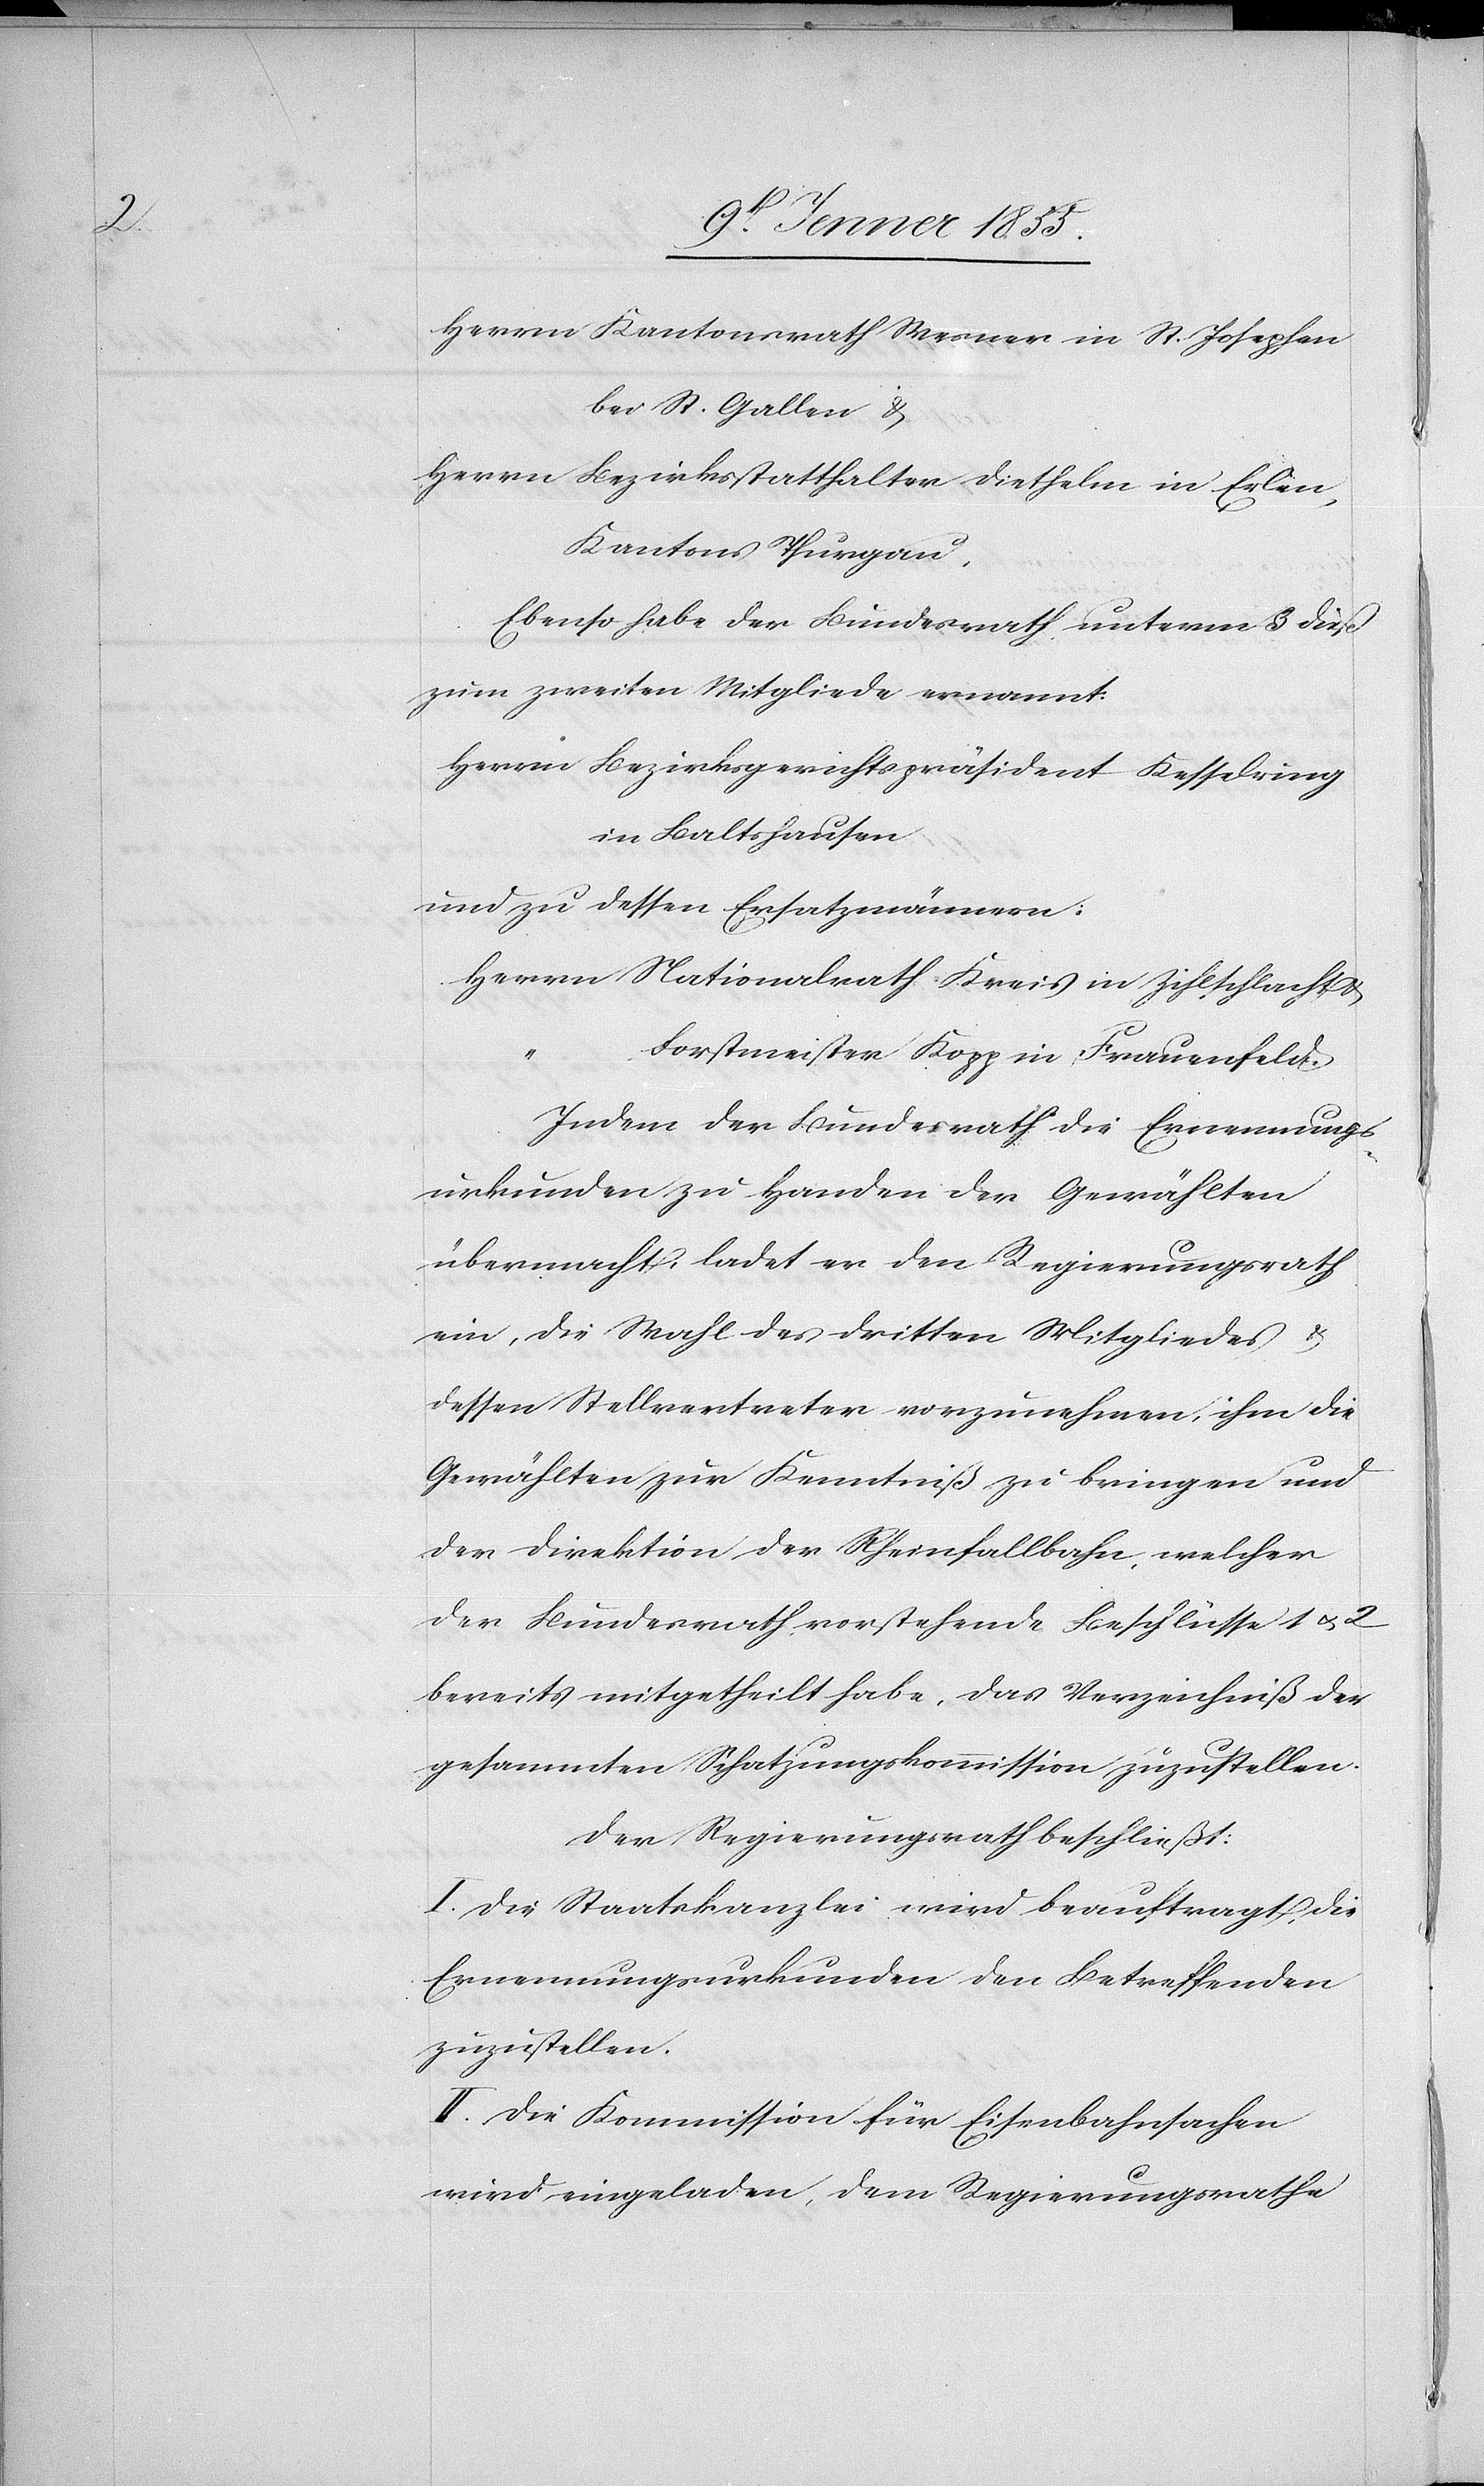
Herrn Kantonsrath Wesner in St. Josephen
bei St. Gallen &
Herrn Bezirksstatthalter Diethelm in Erlen,
Kantons Thurgau,
Ebenso habe der Bundesrath unterm 3 dieß
zum zweiten Mitgliede ernannt:
Herrn Bezirksgerichtspräsident Kesselring
in Baltshausen
und zu dessen Ersatzmännern:
Herrn Nationalrath Kreis in Zihlschlacht &
“
Forstmeister Kopp in Frauenfeld.
Indem der Bundesrath die Ernennungs¬
urkunden zu Handen der Gewählten
übermacht, ladet er den Regierungsrath
ein, die Wahl des dritten Mitgliedes &
dessen Stellvertreter vorzunehmen, ihm die
Gewählten zur Kenntniß zu bringen und
der Direktion der Rheinfallbahn, welcher
der Bundesrath vorstehende Beschlüsse 1 & 2
bereits mitgetheilt habe, das Verzeichniß der
gesammten Schatzungskommission zuzustellen.
Der Regierungsrath beschließt:
I. Die Staatskanzlei wird beauftragt, die
Ernennungsurkunden den Betreffenden
zuzustellen.
II. Die Kommission für Eisenbahnsachen
wird eingeladen, dem Regierungsrathe